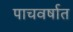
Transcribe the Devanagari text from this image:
पाचवर्षात